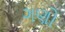
ગણો